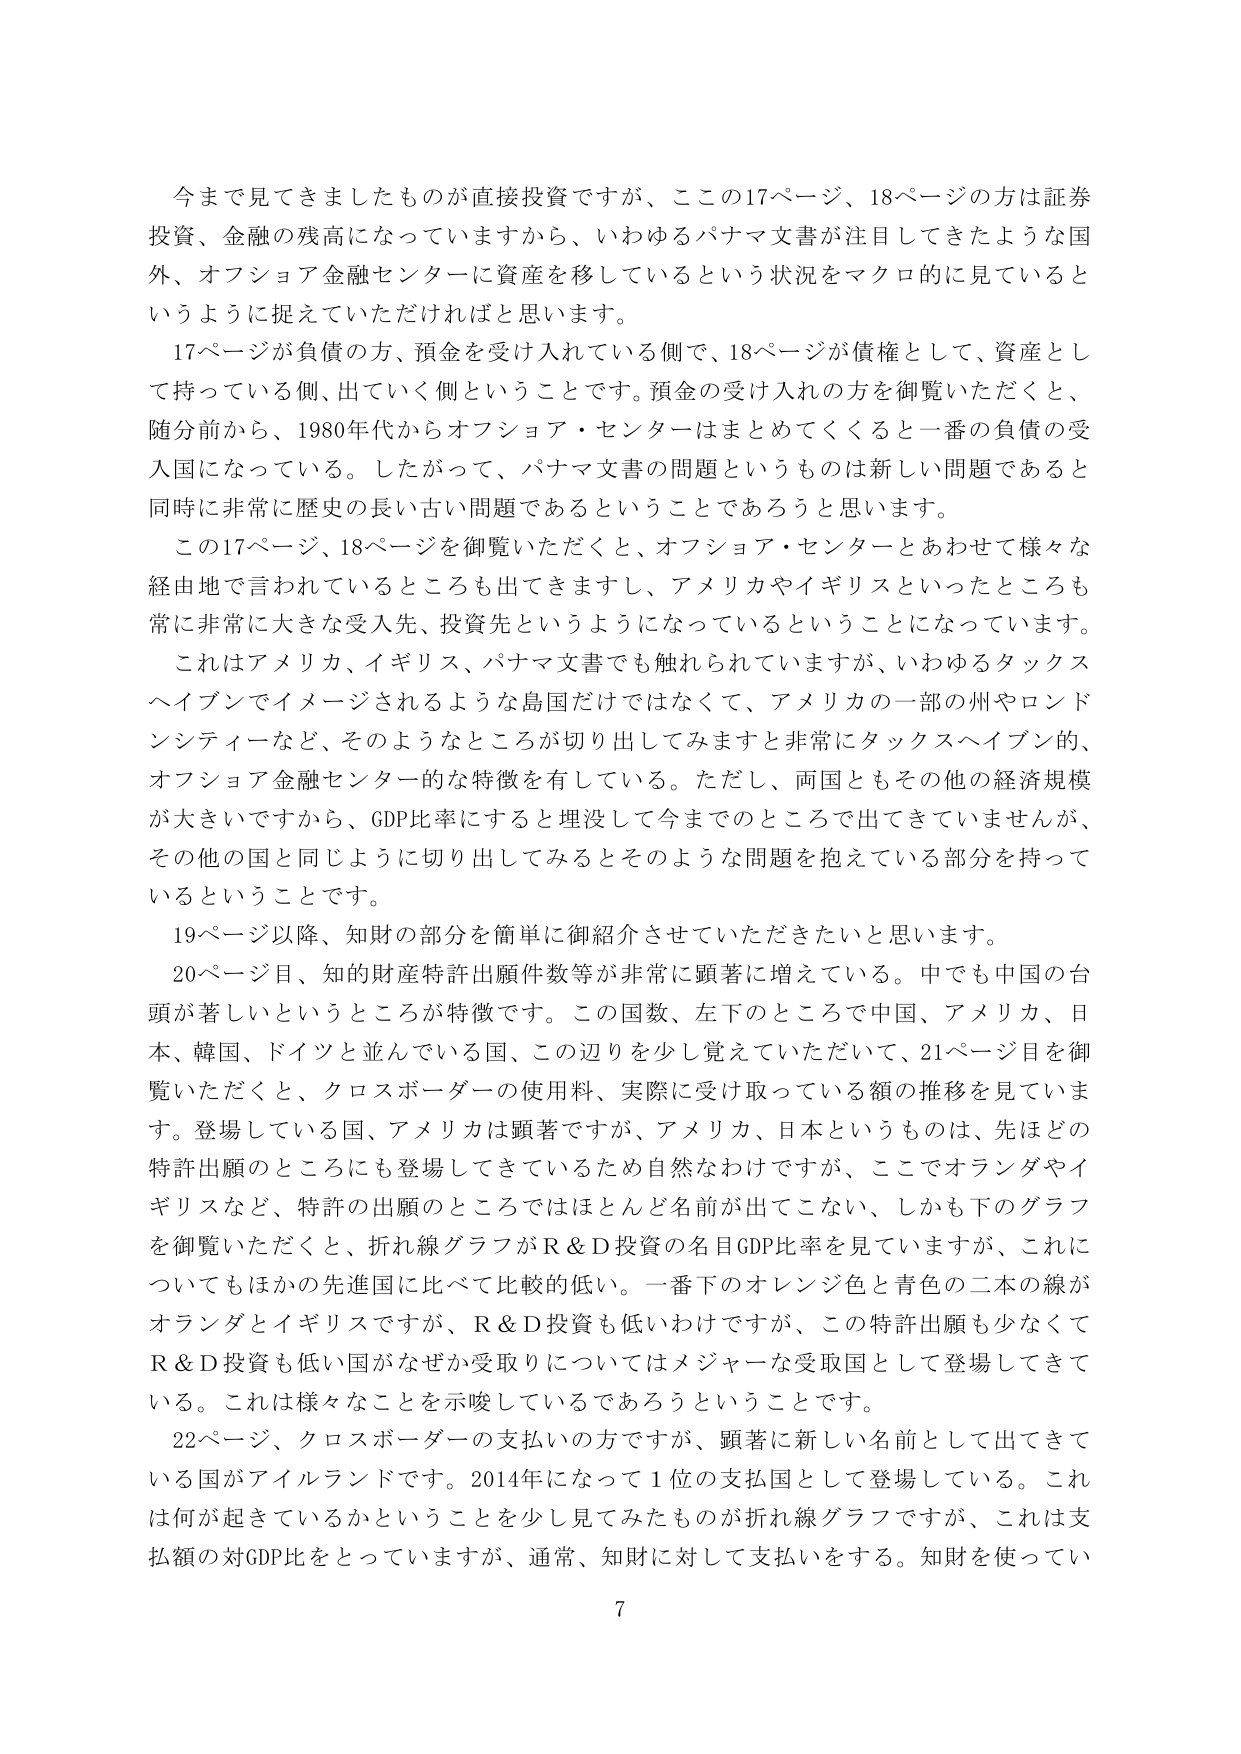
今まで見てきましたものが直接投資ですが、この17ページ、18ページの方は証券投資、金融の残高になっていますから、いわゆるパナマ文書が注目してきたような国外、オフショア金融センターに資産を移しているという状況をマクロ的に見ているというように捉えていただければと思います。

17ページが負債の方、預金を受け入れている側で、18ページが債権として、資産として持っている側、出ていく側ということです。預金の受け入れの方を御覧いただくと、随分前から、1980年代からオフショア・センターはまとめてくると一番の負債の受入国になっている。したがって、パナマ文書の問題というものは新しい問題であると同時に非常に歴史の長い古い問題であるということであろうと思います。

この17ページ、18ページを御覧いただくと、オフショア・センターとあわせて様々な経由地で言われているところも出てきますし、アメリカやイギリスといったところも常に非常に大きな受入先、投資先というようになっているということになっています。

これはアメリカ、イギリス、パナマ文書でも触れられていますが、いわゆるタックスヘイブンでイメージされるような島国だけではなくて、アメリカの一部の州やロンドンシティなど、そのようなところが切り出してみますと非常にタックスヘイブン的、オフショア金融センター的な特徴を有している。ただし、両国ともその他の経済規模が大きいですから、GDP比率にすると埋没して今までのところで出てきていませんが、その他の国と同じように切り出してみるとそのような問題を抱えている部分を持っているということです。

19ページ以降、知財の部分を簡単に御紹介させていただきたいと思います。

20ページ目、知的財産特許出願件数等が非常に顕著に増えている。中でも中国の台頭が著しいというところが特徴です。この国数、左下のところで中国、アメリカ、日本、韓国、ドイツと並んでいる国、この辺りを少し覚えていただいて、21ページ目を御覧いただくと、クロスボーダーの使用料、実際に受け取っている額の推移を見ています。登場している国、アメリカは顕著ですが、アメリカ、日本というものは、先ほどの特許出願のところにも登場してきているため自然なわけですが、ここでオランダやイギリスなど、特許の出願のところではほとんど名前が出てこない、しかも下のグラフを御覧いただくと、折れ線グラフがR＆D投資の名目GDP比率を見ていますが、これについてもほかの先進国に比べて比較的低い。一番下のオレンジ色と青色の二本の線がオランダとイギリスですが、R＆D投資も低いわけですが、この特許出願も少なくてR＆D投資も低い国がなぜか受取りについてはメジャーな受取国として登場してきている。これは様々なことを示唆しているであろうということです。

22ページ、クロスボーダーの支払いの方ですが、顕著に新しい名前として出てきている国がアイルランドです。2014年になって1位の支払国として登場している。これは何が起きているかということを少し見てみたものが折れ線グラフですが、これは支払額の対GDP比をとっていますが、通常、知財に対して支払いをする。知財を使ってい

7